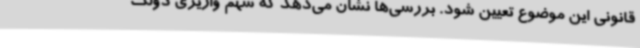
قانونی این موضوع تعیین شود. بررسی‌ها نشان می‌دهد که سهم واریزی دولت